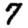
Digit: 7